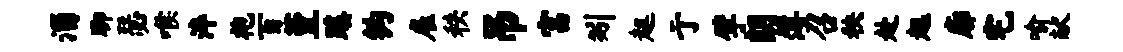
淄聊瑟喉淬袍百堇蹊钩雇秩吊富矧趄亍擘朗薄召秧赴趄廓宅喻献